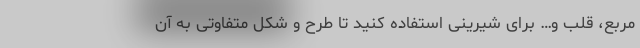
مربع، قلب و… برای شیرینی استفاده کنید تا طرح و شکل متفاوتی به آن